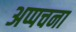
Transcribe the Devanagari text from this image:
अप्पचना